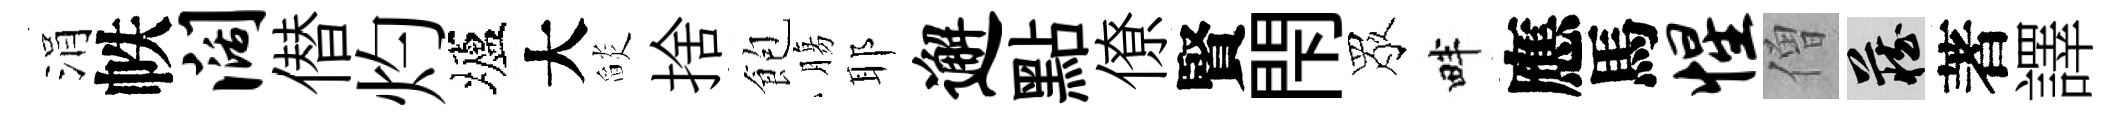
涓帙阔僣灼壚大𦦨捨飽膓耶邂點僚賢閇眾畔應馬惺僧藏著譯